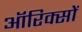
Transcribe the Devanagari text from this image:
ऑरिक्सों